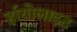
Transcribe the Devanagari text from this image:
र्हायोलाइट